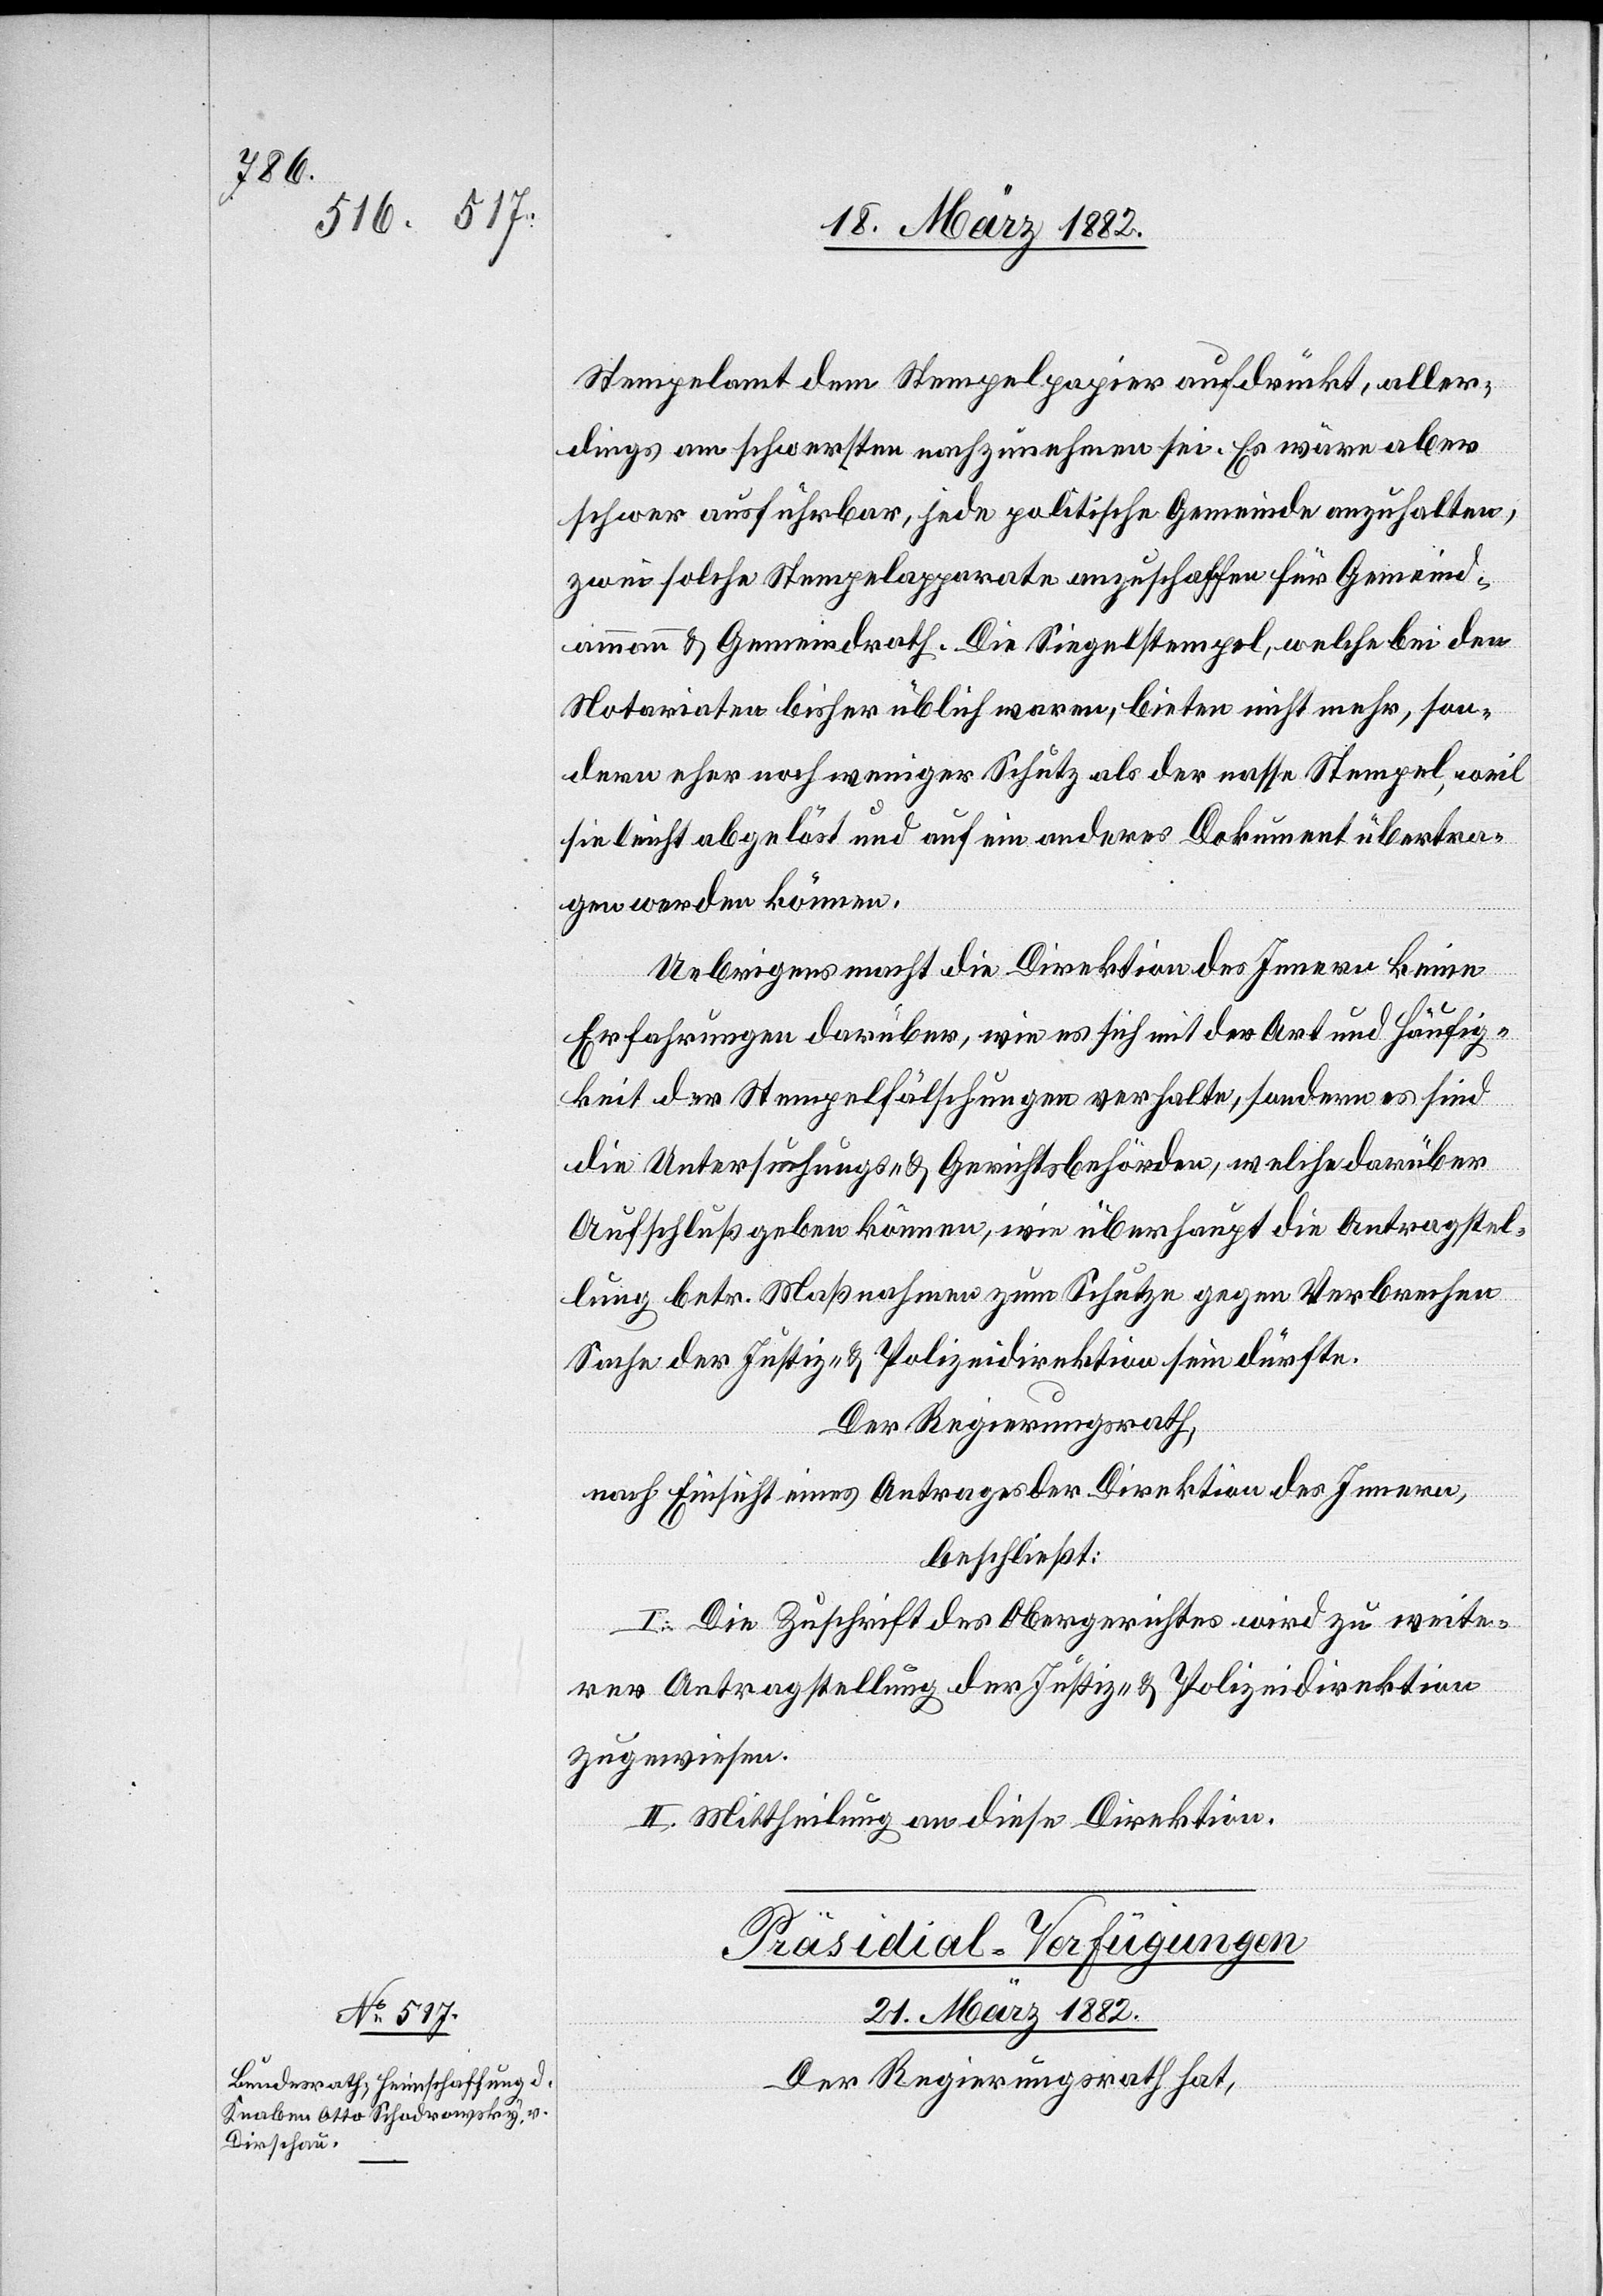
Stempelamt dem Stempelpapier aufdrückt, aller¬
dings am schwersten nachzuzeichnen sei. Es wäre aber
schwer ausführbar, jede politische Gemeinde anzuhalten,
zwei solche Stempelapparate anzuschaffen für Gemeinde¬
ammann & Gemeinderath. Die Siegelstempel, welche bei den
Notariaten bisher üblich waren, bieten nicht mehr, son¬
dern eher noch weniger Schutz als der nasse Stempel, weil
sie leicht abgelöst und auf ein anderes Dokument übertra¬
gen werden können.
Uebrigens macht die Direktion des Innern keine
Erfahrungen darüber, wie es sich mit der Art und Häufig¬
keit der Stempelfälschungen verhalte, sondern es sind
die Untersuchungs- & Gerichtsbehörden, welche darüber
Aufschluß geben können, wie überhaupt die Antragstel¬
lung betr. Maßnahmen zum Schutze gegen Verbrechen
Sache der Justiz- & Polizeidirektion sein dürfte.
Der Regierungsrath,
nach Einsicht eines Antrages der Direktion des Innern,
beschließt:
I. Die Zuschrift des Obergerichtes wird zu weite¬
rer Antragstellung der Justiz- & Polizeidirektion
zugewiesen.
II. Mittheilung an diese Direktion.
Präsidial-Verfügungen
21. März 1882.
Der Regierungsrath hat,